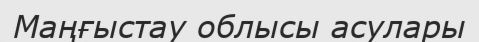
Маңғыстау облысы асулары